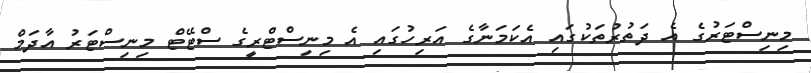
މިނިސްޓަރުގެ އެ ދަތުރުތަކުގައި އެކަމަނާގެ އަރިހުގައި އެ މިނިސްޓްރީގެ ސްޓޭޓް މިނިސްޓަރު އާދަމް